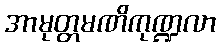
အာမုတ္တမဏိကုဏ္ဍလာ